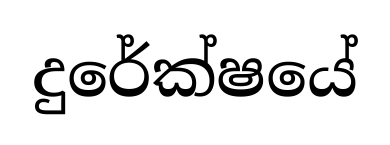
දුරේක්ෂයේ